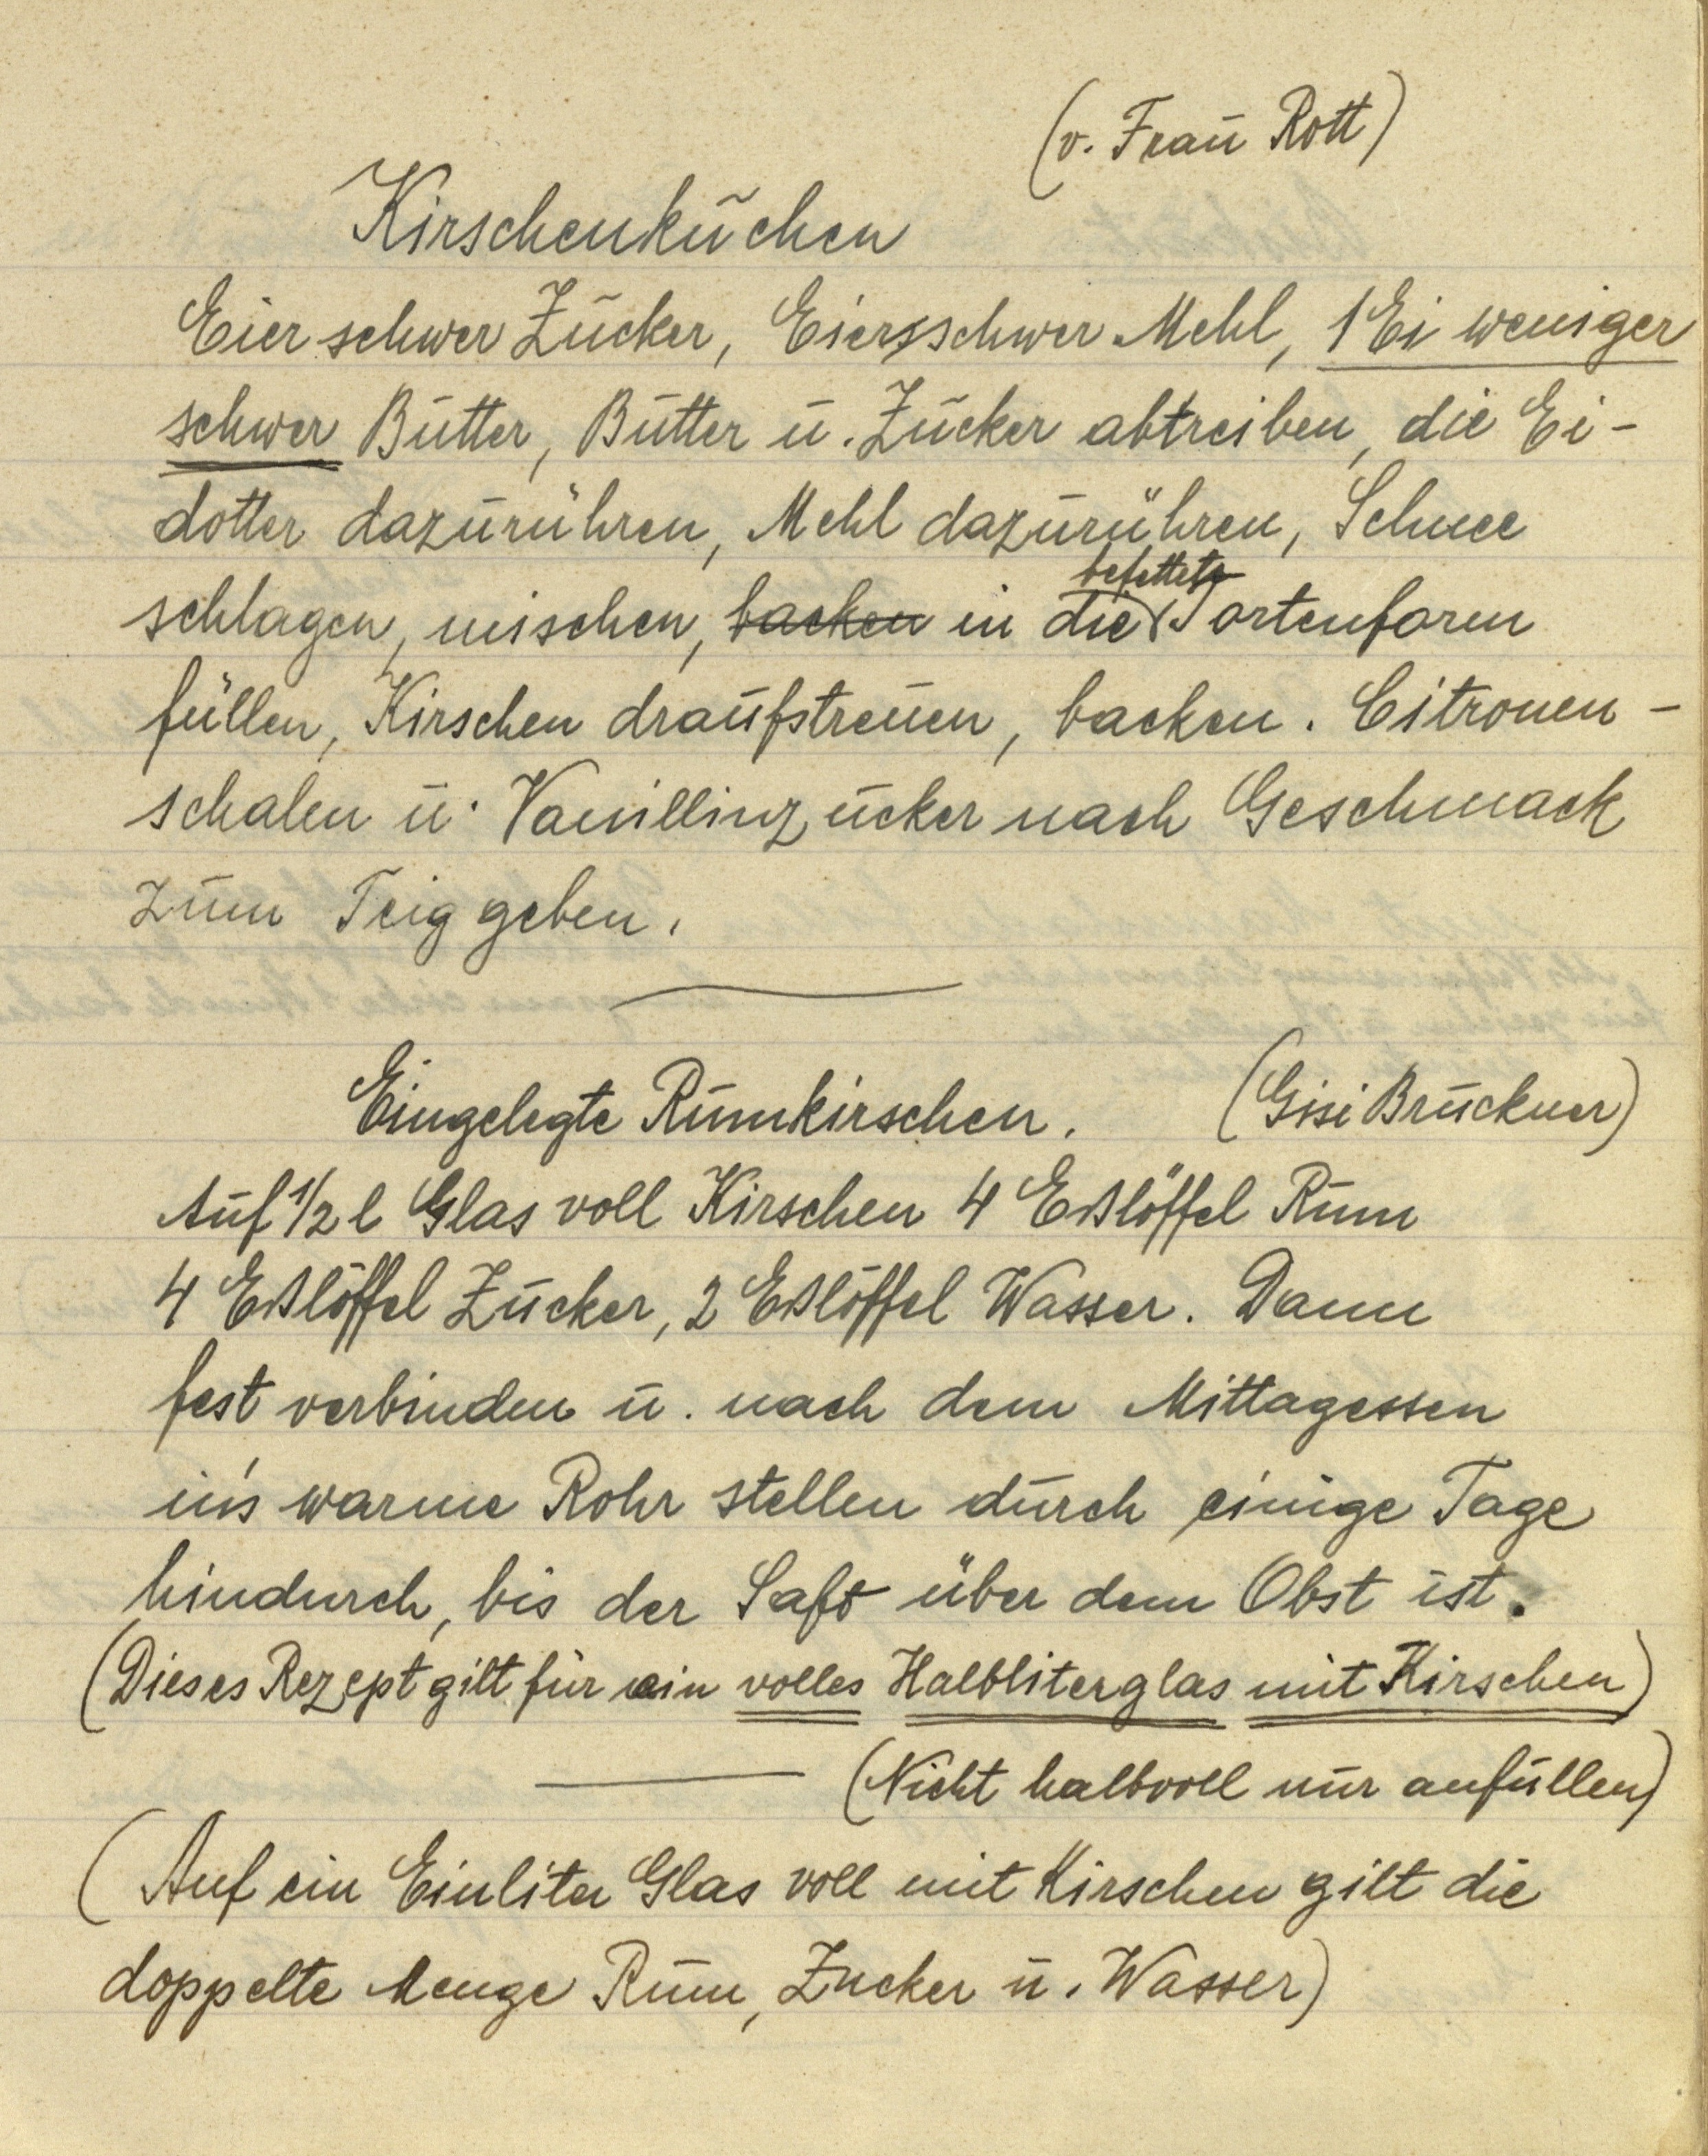
(v. Frau Rott)

Kirschenkuchen
Eier schwer Zucker, Eiers schwer Mehl, 1 Ei weniger
schwer Butter, Butter u. Zucker abtreiben, die Ei¬
dotter dazurühren, Mehl dazurühren, Schnee
schlagen, mischen, backen in die befettete Tortenform
füllen, Kirschen draufstreuen, backen. Citronen¬
schalen u. Vanillinzucker nach Geschmack
zum Teig geben.

Eingelegte Rumkirschen. (Gisi Bruckner)
Auf ½ l Glas voll Kirschen 4 Eßlöffel Rum
4 Eßlöffel Zucker, 2 Eßlöffel Wasser. Dann
fest verbinden u. nach dem Mittagessen
in's warme Rohr stellen durch einige Tage
hindurch, bis der Saft über dem Obst ist.
(Dieses Rezept gilt für ein volles Halbliterglas mit Kirschen)
(Nicht halbvoll nur anfüllen)
(Auf ein Einliter Glas voll mit Kirschen gilt die
doppelte Menge Rum, Zucker u. Wasser)